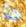
ما